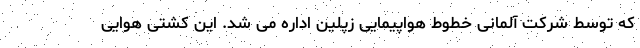
که توسط شرکت آلمانی خطوط هواپیمایی زپلین اداره می شد. این کشتی هوایی